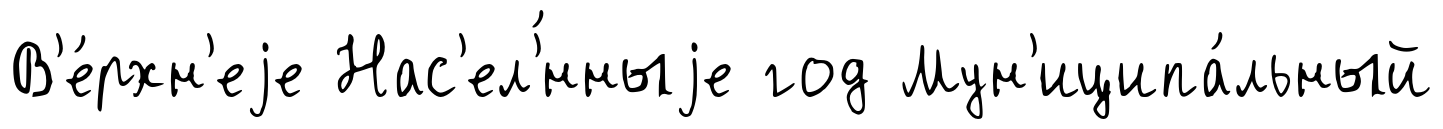
В'е́рхн'еjе Нас'ел'́нныjе год Мун'иципа́льный